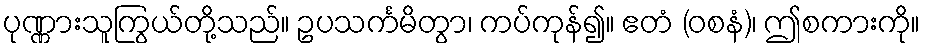
ပုဏ္ဏားသူကြွယ်တို့သည်။ ဥပသင်္ကမိတွာ၊ ကပ်ကုန်၍။ ဧတံ (ဝစနံ)၊ ဤစကားကို။